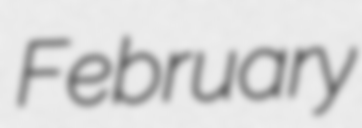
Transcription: February